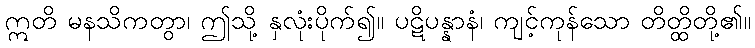
ဣတိ မနသိကတွာ၊ ဤသို့ နှလုံးပိုက်၍။ ပဋိပန္နာနံ၊ ကျင့်ကုန်သော တိတ္ထိတို့၏။